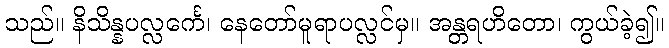
သည်။ နိသိန္နပလ္လင်္ကေ၊ နေတော်မူရာပလ္လင်မှ။ အန္တရဟိတော၊ ကွယ်ခဲ့၍။